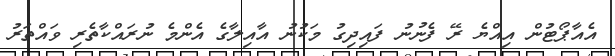
އެއާޕޯޓުން އިއްޔެ ރޭ ފެނުނު ފައިދިގު މަކުނު އާއިލާގެ އެންމެ ނުރައްކާތެރި ވައްތަރު